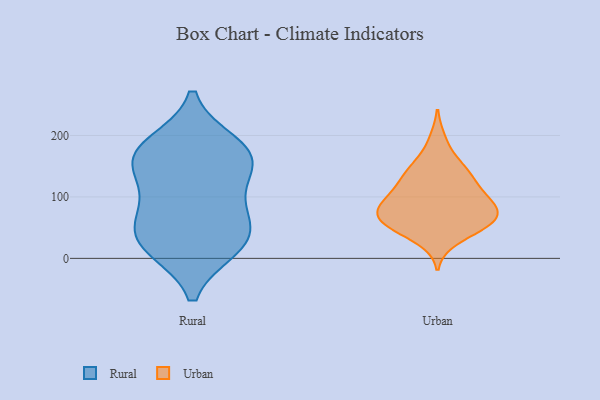
{"axis": {"x": "Shipments", "y": "Value"}, "legend": ["Rural", "Urban"], "data": [{"x": "", "y": 171, "type": "Rural"}, {"x": "", "y": 170, "type": "Rural"}, {"x": "", "y": 20, "type": "Rural"}, {"x": "", "y": 90, "type": "Rural"}, {"x": "", "y": 34, "type": "Rural"}, {"x": "", "y": 149, "type": "Rural"}, {"x": "", "y": 43, "type": "Rural"}, {"x": "", "y": 18, "type": "Rural"}, {"x": "", "y": 81, "type": "Rural"}, {"x": "", "y": 185, "type": "Rural"}, {"x": "", "y": 152, "type": "Rural"}, {"x": "", "y": 77, "type": "Urban"}, {"x": "", "y": 31, "type": "Urban"}, {"x": "", "y": 104, "type": "Urban"}, {"x": "", "y": 121, "type": "Urban"}, {"x": "", "y": 122, "type": "Urban"}, {"x": "", "y": 79, "type": "Urban"}, {"x": "", "y": 55, "type": "Urban"}, {"x": "", "y": 89, "type": "Urban"}, {"x": "", "y": 56, "type": "Urban"}, {"x": "", "y": 192, "type": "Urban"}, {"x": "", "y": 142, "type": "Urban"}, {"x": "", "y": 48, "type": "Urban"}, {"x": "", "y": 76, "type": "Urban"}, {"x": "", "y": 101, "type": "Urban"}, {"x": "", "y": 81, "type": "Urban"}, {"x": "", "y": 153, "type": "Urban"}, {"x": "", "y": 61, "type": "Urban"}, {"x": "", "y": 59, "type": "Urban"}, {"x": "", "y": 144, "type": "Urban"}]}